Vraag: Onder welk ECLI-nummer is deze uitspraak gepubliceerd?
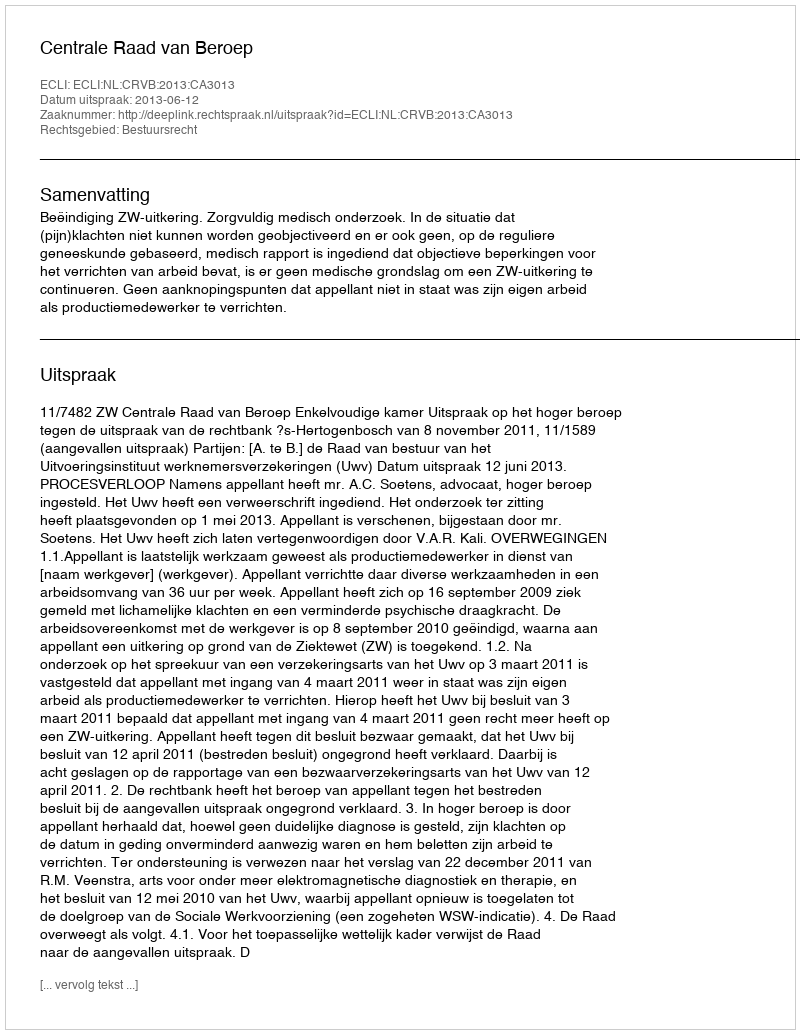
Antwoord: ECLI:NL:CRVB:2013:CA3013